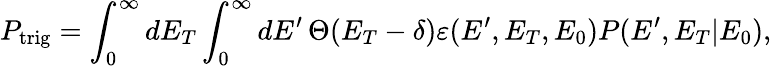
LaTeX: P_{\mathrm{trig}}=\int_{0}^{\infty}\mathop{dE_{T}}\int_{0}^{\infty}\mathop{dE^{\prime}}\Theta(E_{T}-\delta)\varepsilon(E^{\prime},E_{T},E_{0})P(E^{\prime},E_{T}|E_{0}),